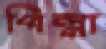
পিল্পা